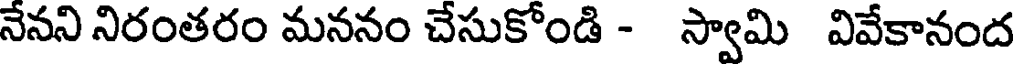
నేనని నిరంతరం మననం చేసుకోండి - స్వామి వివేకానంద